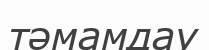
тәмамдау